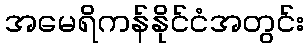
အမေရိကန်နိုင်ငံအတွင်း